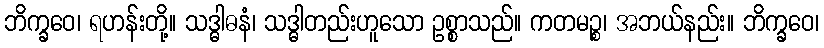
ဘိက္ခဝေ၊ ရဟန်းတို့။ သဒ္ဓါဓနံ၊ သဒ္ဓါတည်းဟူသော ဥစ္စာသည်။ ကတမဉ္စ၊ အဘယ်နည်း။ ဘိက္ခဝေ၊